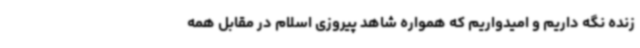
زنده نگه داریم و امیدواریم که همواره شاهد پیروزی اسلام در مقابل همه